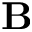
\mathbf { B }